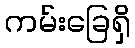
ကမ်းခြေရှိ